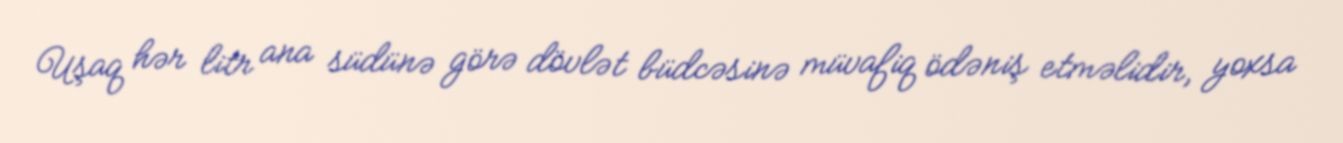
Uşaq hər litr ana südünə görə dövlət büdcəsinə müvafiq ödəniş etməlidir, yoxsa